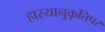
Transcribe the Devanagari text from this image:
हास्यानुकृतिपर